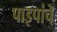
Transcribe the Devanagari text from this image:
पाइपांचे